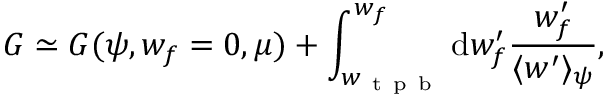
G \simeq G ( \psi , w _ { f } = 0 , \mu ) + \int _ { w _ { \mathrm { ~ t ~ p ~ b ~ } } } ^ { w _ { f } } \mathrm { d } w _ { f } ^ { \prime } \frac { w _ { f } ^ { \prime } } { \langle w ^ { \prime } \rangle _ { \psi } } ,